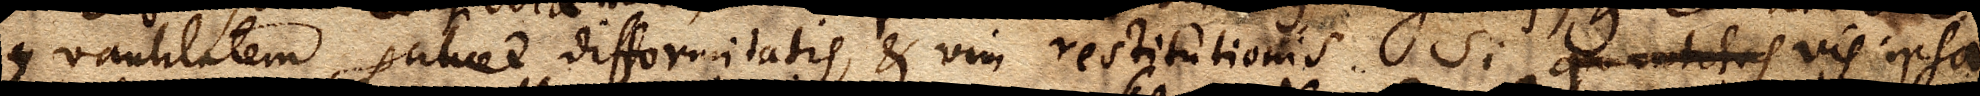
Quantitatem scilicet difformitatis, & vim restitutionis. Si quantitas vis ipsa